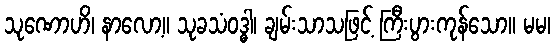
သုဏောဟိ၊ နာလော့။ သုခသံဝဒ္ဓါ၊ ချမ်းသာသဖြင့် ကြီးပွားကုန်သော။ မမ၊